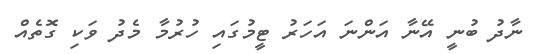
ނާދު ބުނީ އޭނާ އަންނަ އަހަރު ޓީމުގައި ހުރުމާ މެދު ވަކި ގޮތެއް